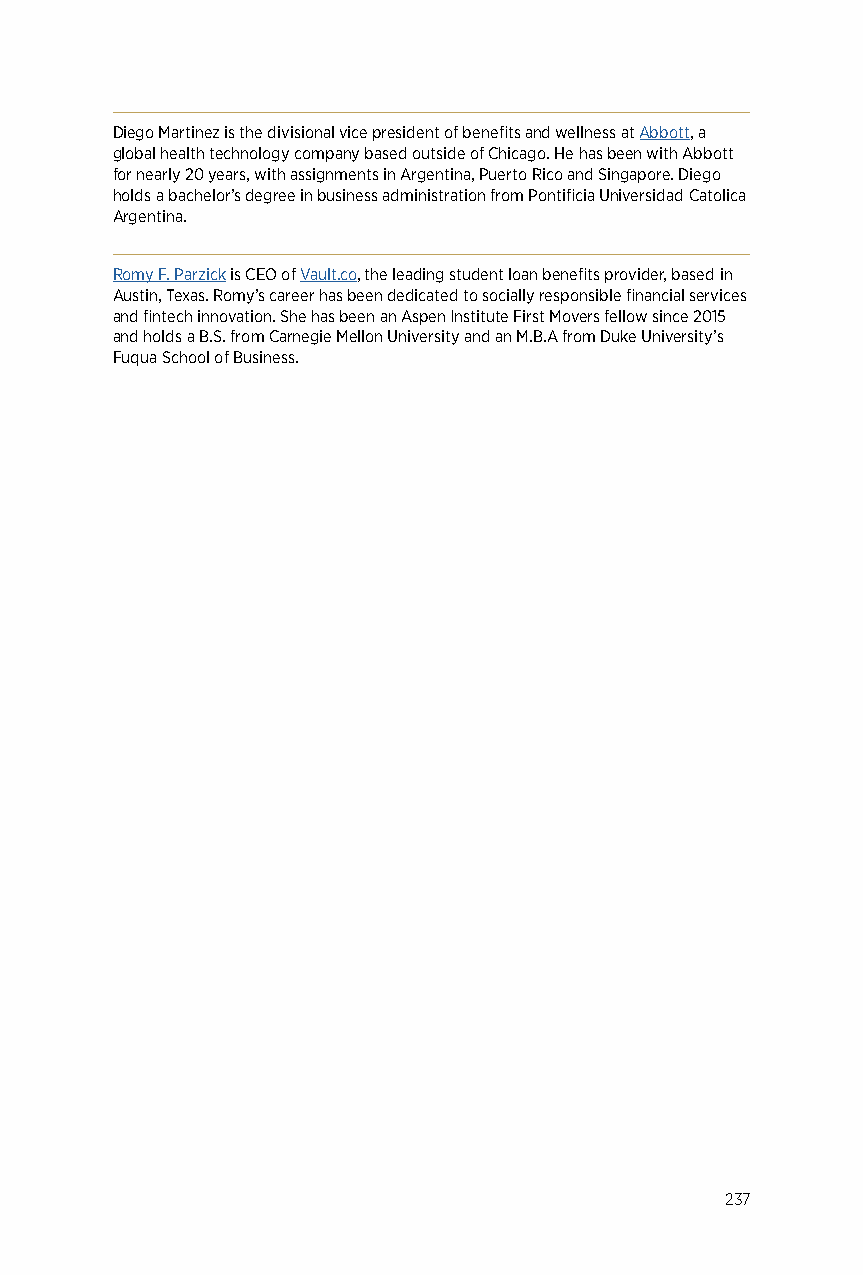
Diego Martinez is the divisional vice president of benefits and wellness at Abbott, a
 global health technology company based outside of Chicago. He has been with Abbott
 for nearly 20 years, with assignments in Argentina, Puerto Rico and Singapore. Diego
 holds a bachelor’s degree in business administration from Pontificia Universidad Catolica
 Argentina.
 Romy F. Parzick is CEO of Vault.co, the leading student loan benefits provider, based in
 Austin, Texas. Romy’s career has been dedicated to socially responsible financial services
 and fintech innovation. She has been an Aspen Institute First Movers fellow since 2015
 and holds a B.S. from Carnegie Mellon University and an M.B.A from Duke University’s
 Fuqua School of Business.
 237